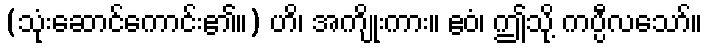
(သုံးဆောင်ကောင်း၏။) ဟိ၊ အကျိုးကား။ ဧဝံ၊ ဤသို့ ကပ္ပီလသော်။